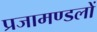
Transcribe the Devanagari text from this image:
प्रजामण्डलों